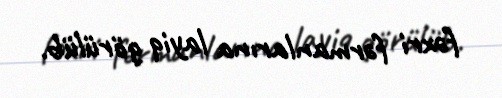
fəxri fərmanlarına layiq görülüb.